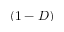
( 1 - D )